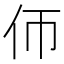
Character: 𠇆